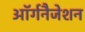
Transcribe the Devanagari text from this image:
ऑर्गनैजेशन